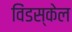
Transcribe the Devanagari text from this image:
विंडस्केल